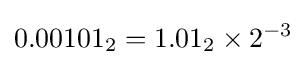
0.00101_{2}=1.01_{2}\times 2^{-3}